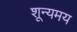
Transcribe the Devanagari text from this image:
शून्यमय